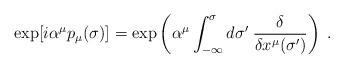
LaTeX: \begin{align*}\exp[i\alpha^\mu p_\mu(\sigma)] = \exp\left( \alpha^\mu \int_{-\infty}^\sigma d\sigma'\; \frac{\delta}{\delta x^\mu(\sigma')} \right)\;.\end{align*}